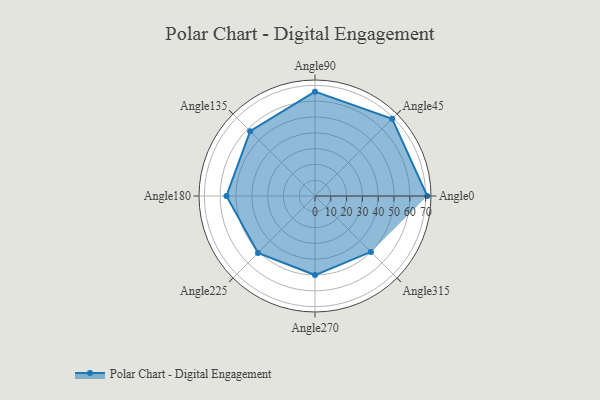
{"axis": {"x": "Angle", "y": "Radius"}, "legend": [""], "data": [{"x": "Angle0", "y": 71.0, "type": ""}, {"x": "Angle45", "y": 69.0, "type": ""}, {"x": "Angle90", "y": 66.0, "type": ""}, {"x": "Angle135", "y": 58.0, "type": ""}, {"x": "Angle180", "y": 56.0, "type": ""}, {"x": "Angle225", "y": 51.0, "type": ""}, {"x": "Angle270", "y": 50, "type": ""}, {"x": "Angle315", "y": 50, "type": ""}]}